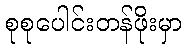
စုစုပေါင်းတန်ဖိုးမှာ